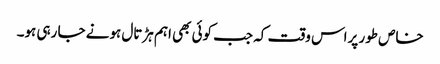
خاص طور پراس وقت کہ جب کوئی بھی اہم ہڑتال ہونے جا رہی ہو۔